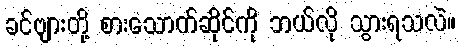
ခင်ဗျားတို့ စားသောက်ဆိုင်ကို ဘယ်လို သွားရသလဲ။